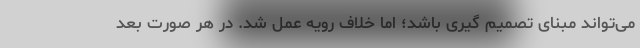
می‌تواند مبنای تصمیم گیری باشد؛ اما خلاف رویه عمل شد. در هر صورت بعد